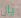
يال